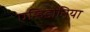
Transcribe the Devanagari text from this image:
एन्हिडोनिया